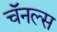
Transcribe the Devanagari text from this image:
चॅनल्स